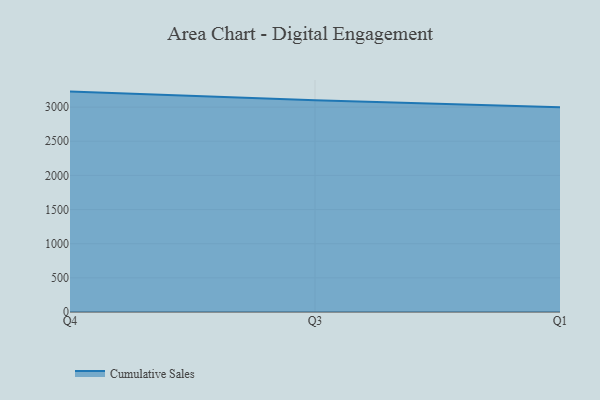
{"axis": {"x": "Quarter", "y": "Inventory Turnover"}, "legend": ["Cumulative Sales"], "data": [{"x": "Q4", "y": 3227.2, "type": "Cumulative Sales"}, {"x": "Q3", "y": 3101.0, "type": "Cumulative Sales"}, {"x": "Q1", "y": 2997.7, "type": "Cumulative Sales"}]}